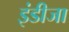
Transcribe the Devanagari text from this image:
इंडीजा